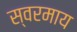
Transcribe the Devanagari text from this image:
स्वरमाय